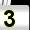
Digit: 3